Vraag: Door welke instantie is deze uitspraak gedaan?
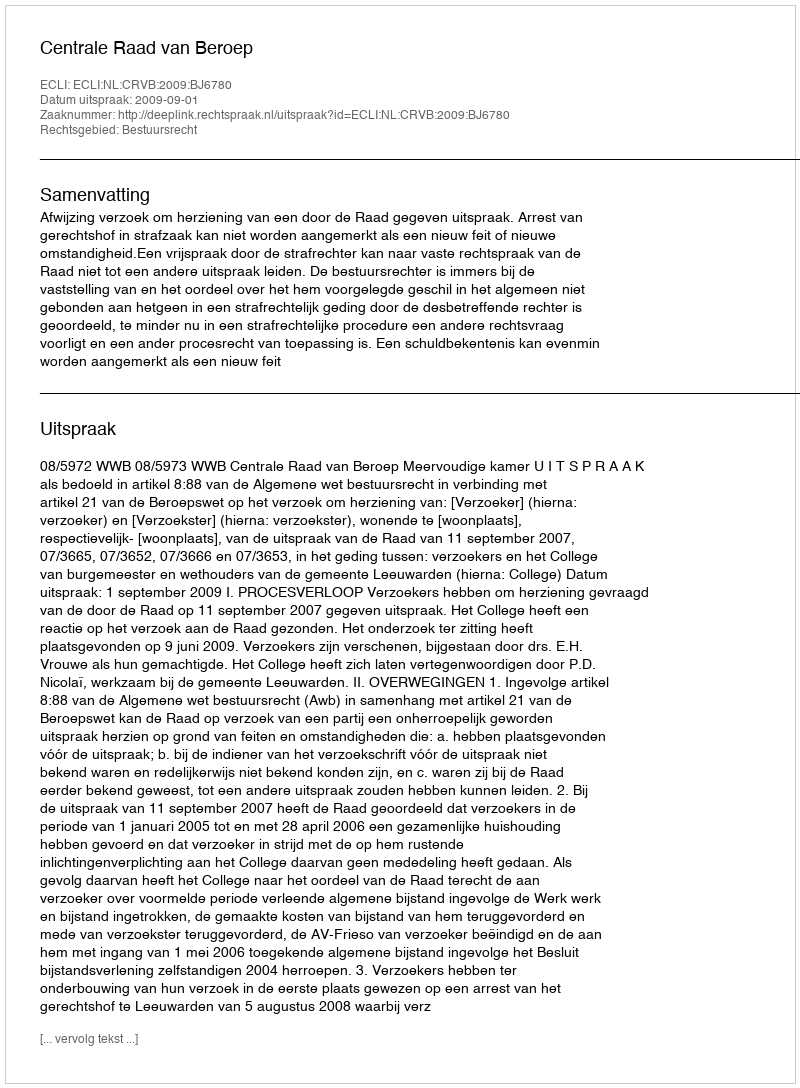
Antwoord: Centrale Raad van Beroep